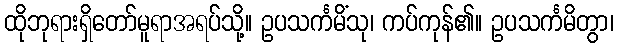
ထိုဘုရားရှိတော်မူရာအရပ်သို့။ ဥပသင်္ကမိံသု၊ ကပ်ကုန်၏။ ဥပသင်္ကမိတွာ၊